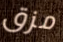
مزق